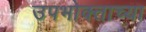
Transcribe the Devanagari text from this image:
उपभोक्ताच्या